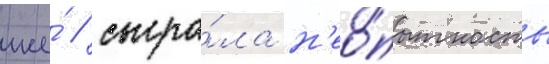
же́ / сыгра́ла н'ео́пытность